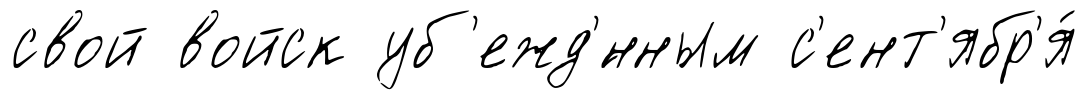
свой войск уб'ежд'́нным с'ент'ябр'я́